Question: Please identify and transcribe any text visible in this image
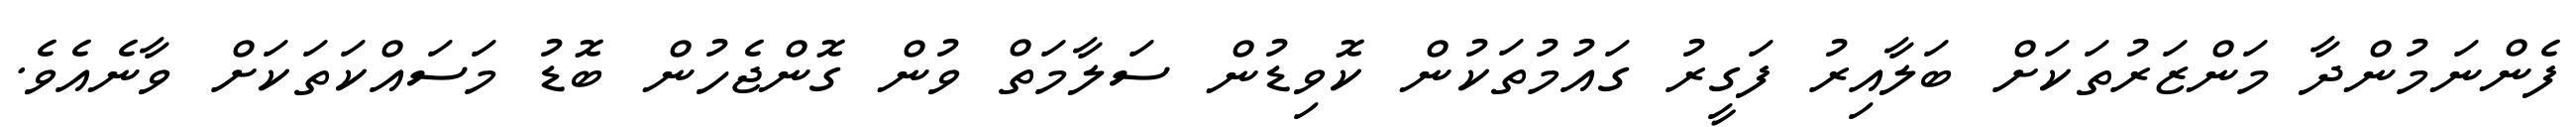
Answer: ފެންނަމުންދާ މަންޒަރުތަކަށް ބަލާއިރު ފަގީރު ގައުމުތަކުން ކޮވިޑުން ސަލާމަތް ވުން ގޮންޖެހުން ބޮޑު މަސައްކަތަކަށް ވާނެއެވެ.